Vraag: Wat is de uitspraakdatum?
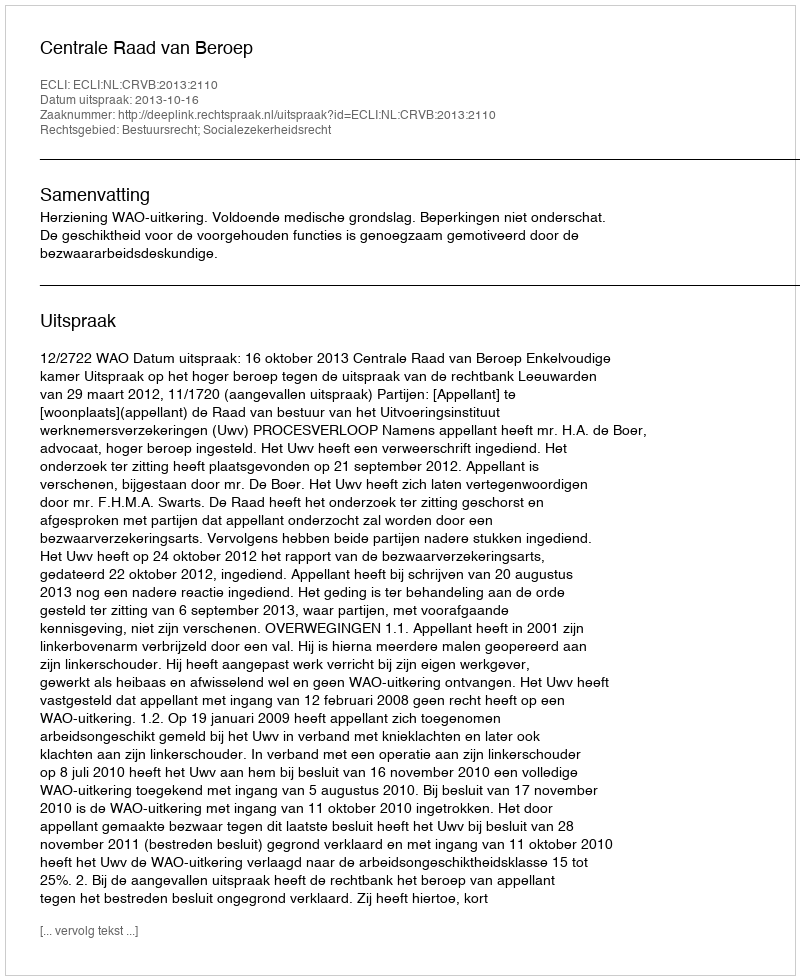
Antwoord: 2013-10-16